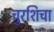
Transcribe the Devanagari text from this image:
चुरशिचा